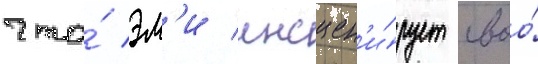
что́ эм'и инсцен'и́рует своо́